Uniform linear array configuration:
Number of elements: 16
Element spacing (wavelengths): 1
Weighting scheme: binomial
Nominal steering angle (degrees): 30
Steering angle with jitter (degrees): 28.554
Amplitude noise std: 0.05
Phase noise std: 0.05

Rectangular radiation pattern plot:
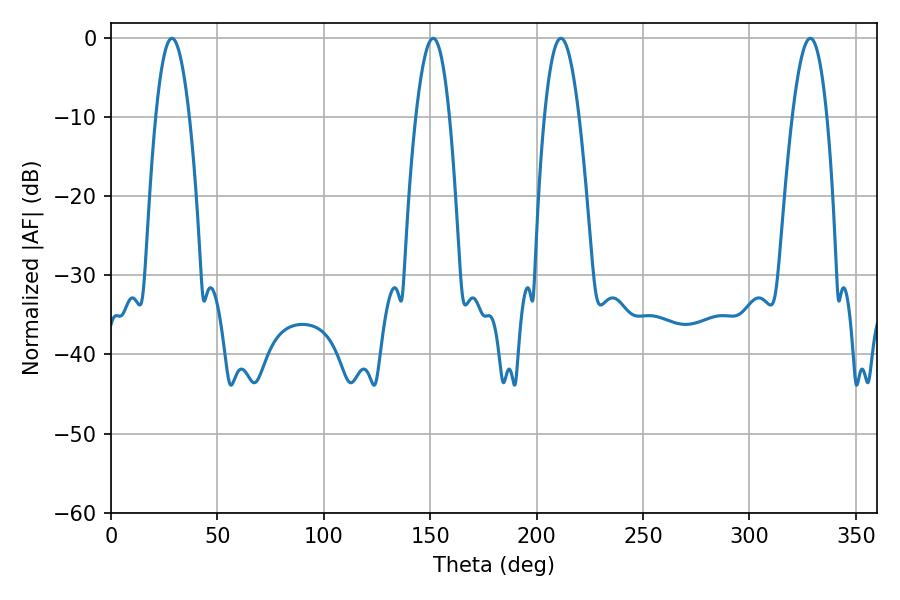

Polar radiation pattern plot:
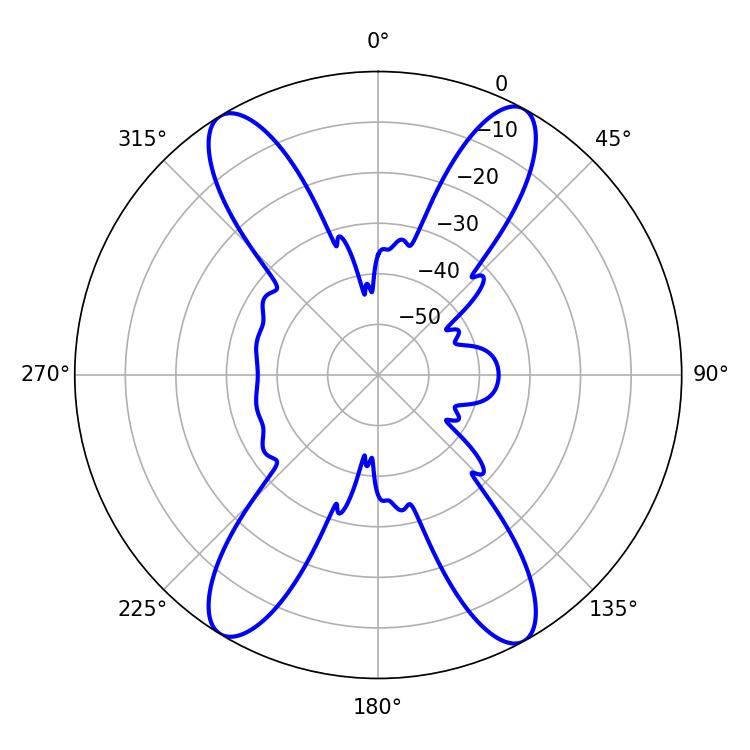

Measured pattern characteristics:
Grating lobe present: TRUE
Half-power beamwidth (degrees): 8.46
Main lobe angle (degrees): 28.62